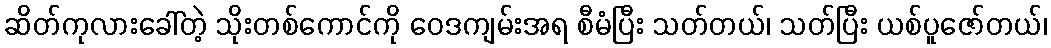
ဆိတ်ကုလားခေါ်တဲ့ သိုးတစ်ကောင်ကို ဝေဒကျမ်းအရ စီမံပြီး သတ်တယ်၊ သတ်ပြီး ယစ်ပူဇော်တယ်၊